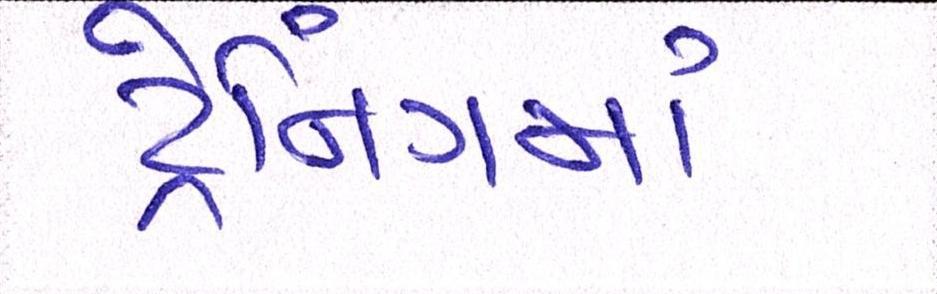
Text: ટ્રેનિગમા